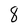
Character: 8